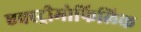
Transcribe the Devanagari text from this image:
एक्स्ट्रीमोफिलिक